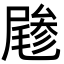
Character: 𡳔